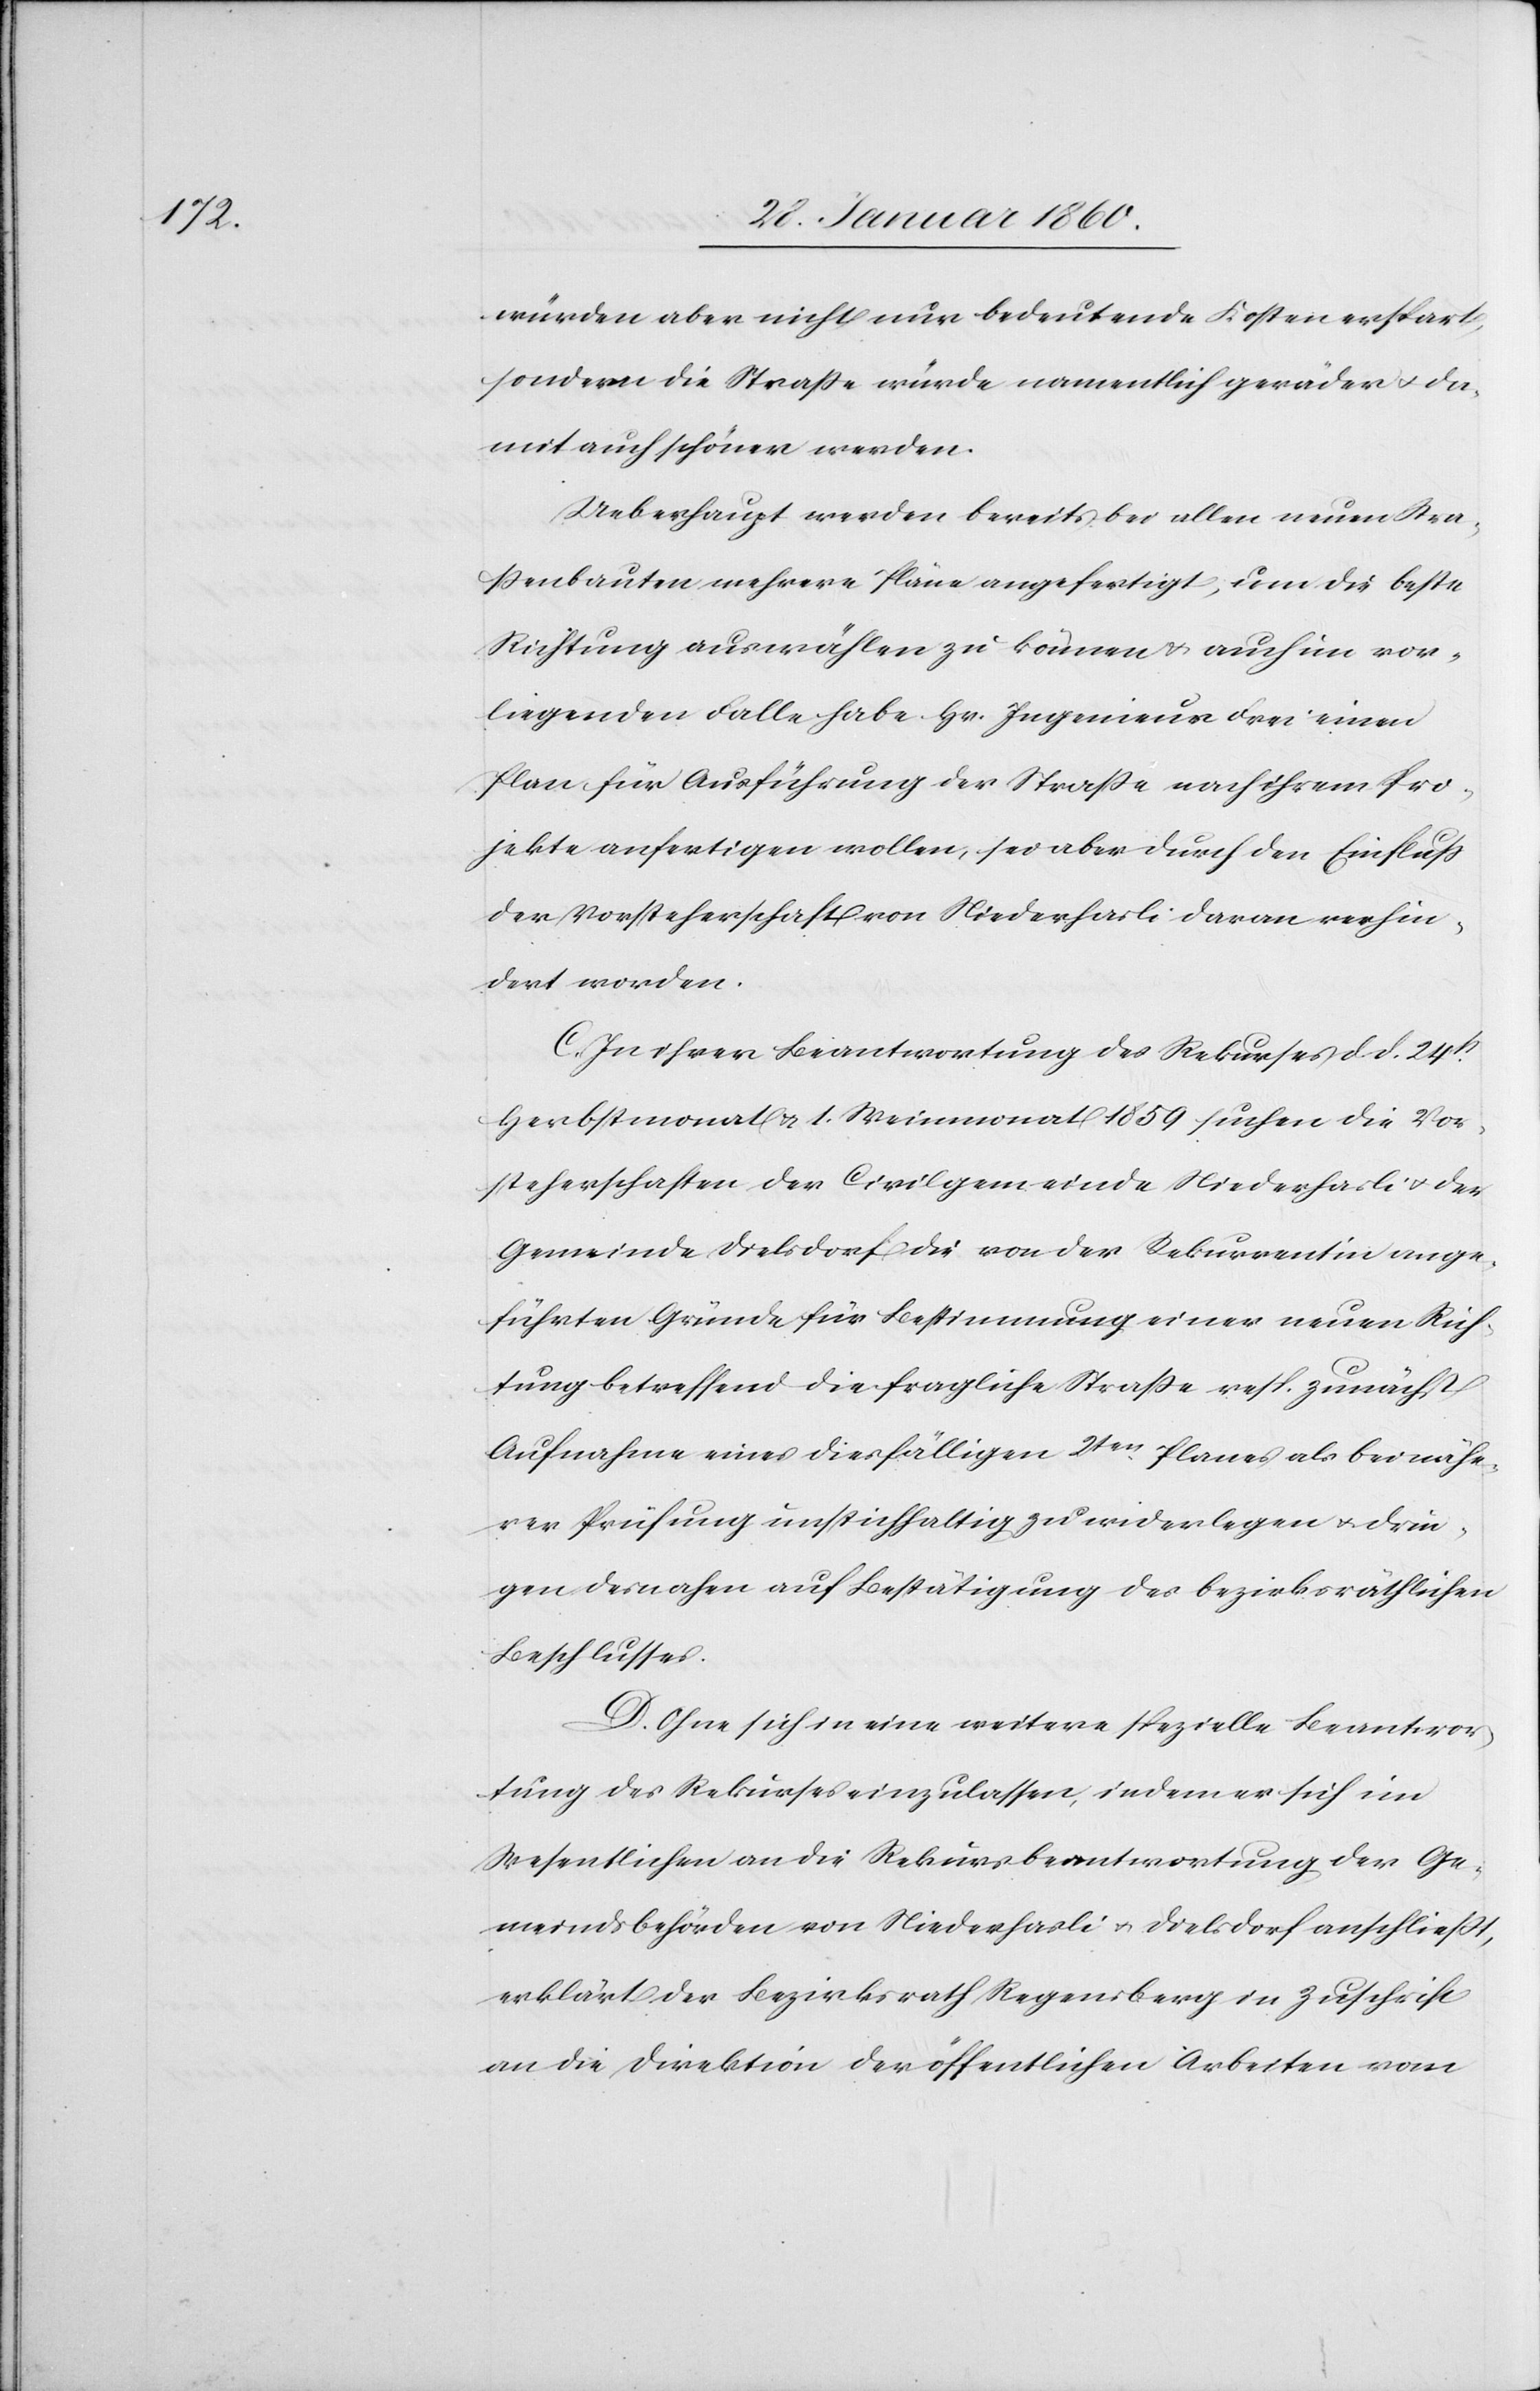
würden aber nicht nur bedeutende Kosten erspart,
sondern die Strasse würde namentlich geräder u. da¬
mit auch schöner werden.
Ueberhaupt werden bereits bei allen neuen Stra¬
ssenbauten mehrere Pläne angefertigt, um die beste
Richtung auswählen zu könne u. auch im vor¬
liegenden Falle habe Hr. Ingenieur Frei einen
Plan für Ausführung der Strasse nach ihrem Pro¬
jekte anfertigen wollen, sei aber durch den Einfluß
der Vorsteherschaft von Niederhasli daran verhin¬
dert worden.
C. In ihren Beantwortungen des Rekurses d. d. 24t
Herbstmonat u. 1. Weinmonat 1859 suchen die Vor¬
steherschaften der Civilgemeinde Niederhasli u. der
Gemeinde Dielsdorf die von der Rekurrentin ange¬
führten Gründe für Bestimmung einer neuen Rich¬
tung betreffend die fragliche Strasse resp. zunächst
Aufnahme eines diesfälligen 2ten Planes als bei nähe¬
rer Prüfung unstichhaltig zu wiederlegen u. drin¬
gen desnahen auf Bestätigung des bezirksräthlichen
Beschlusses.
D. Ohne sich in eine weitere spezielle Beantwor¬
tung des Rekurses einzulassen, indem er sich im
Wesentlichen an die Rekursbeantwortung der Ge¬
meindsbehörden von Niederhasli u. Dielsdorf anschließt,
erklärt der Bezirksrath Regensberg in Zuschrift
an die Direktion der öffentlichen Arbeiten vom